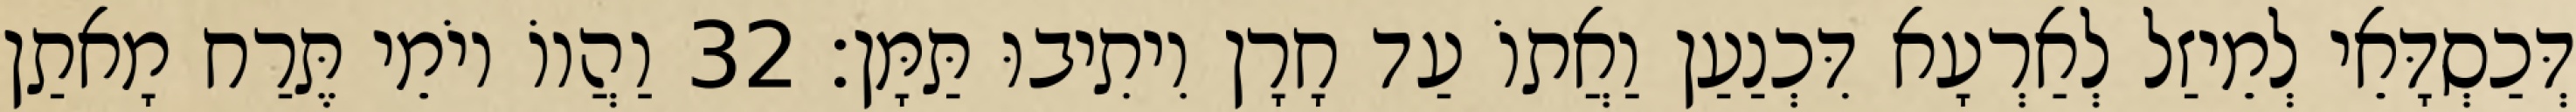
דְּכַסְדָּאֵי לְמֵיזַל לְאַרְעָא דִּכְנַעַן וַאֲתוֹ עַד חָרָן וִיתִיבוּ תַּמָּן׃ 32 וַהֲווֹ יוֹמֵי תֶּרַח מָאתַן